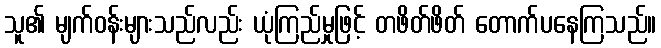
သူ၏ မျက်ဝန်းများသည်လည်း ယုံကြည်မှုဖြင့် တဖိတ်ဖိတ် တောက်ပနေကြသည်။